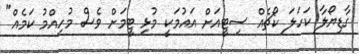
ގާޑިޔޯލާ ކަހަލަ ކޯޗެއް ސިޓީއަށް އައުމަކީ މުޅި ޓީމަށް ވެސް މުހިއްމު ކަމެއް"